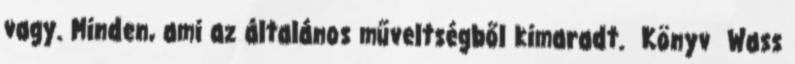
vagy. Minden, ami az általános műveltségből kimaradt. Könyv Wass